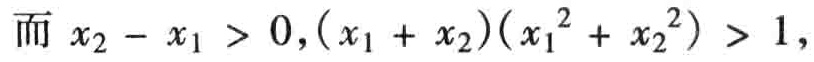
而 \(x_{2}-x_{1}>0,(x_{1}+x_{2})(x_{1}^{2}+x_{2}^{2})>1,\)